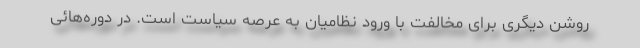
روشن دیگری برای مخالفت با ورود نظامیان به عرصه سیاست است. در دوره‌هائی